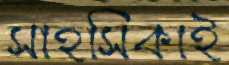
সাহসিকাই